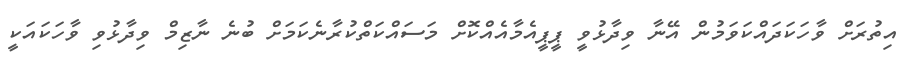
އިތުރަށް ވާހަކަދައްކަވަމުން އޭނާ ވިދާޅުވީ ޕީޕީއެމާއެއްކޮށް މަސައްކަތްކުރާނެކަމަށް ބުނެ ނާޒިމް ވިދާޅުވި ވާހަކައަކީ